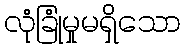
လုံခြုံမှုမရှိသော